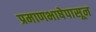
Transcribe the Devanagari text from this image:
प्रमाणभाषेपासून